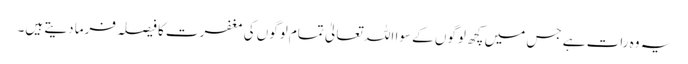
یہ وہ رات ہے جس میں کچھ لوگوں کے سوا اللہ تعالیٰ تمام لوگوں کی مغفرت کا فیصلہ فرما دیتے ہیں۔